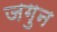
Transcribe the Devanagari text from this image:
जगुन